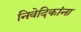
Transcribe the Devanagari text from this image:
निवेदिकांना